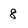
Character: 8